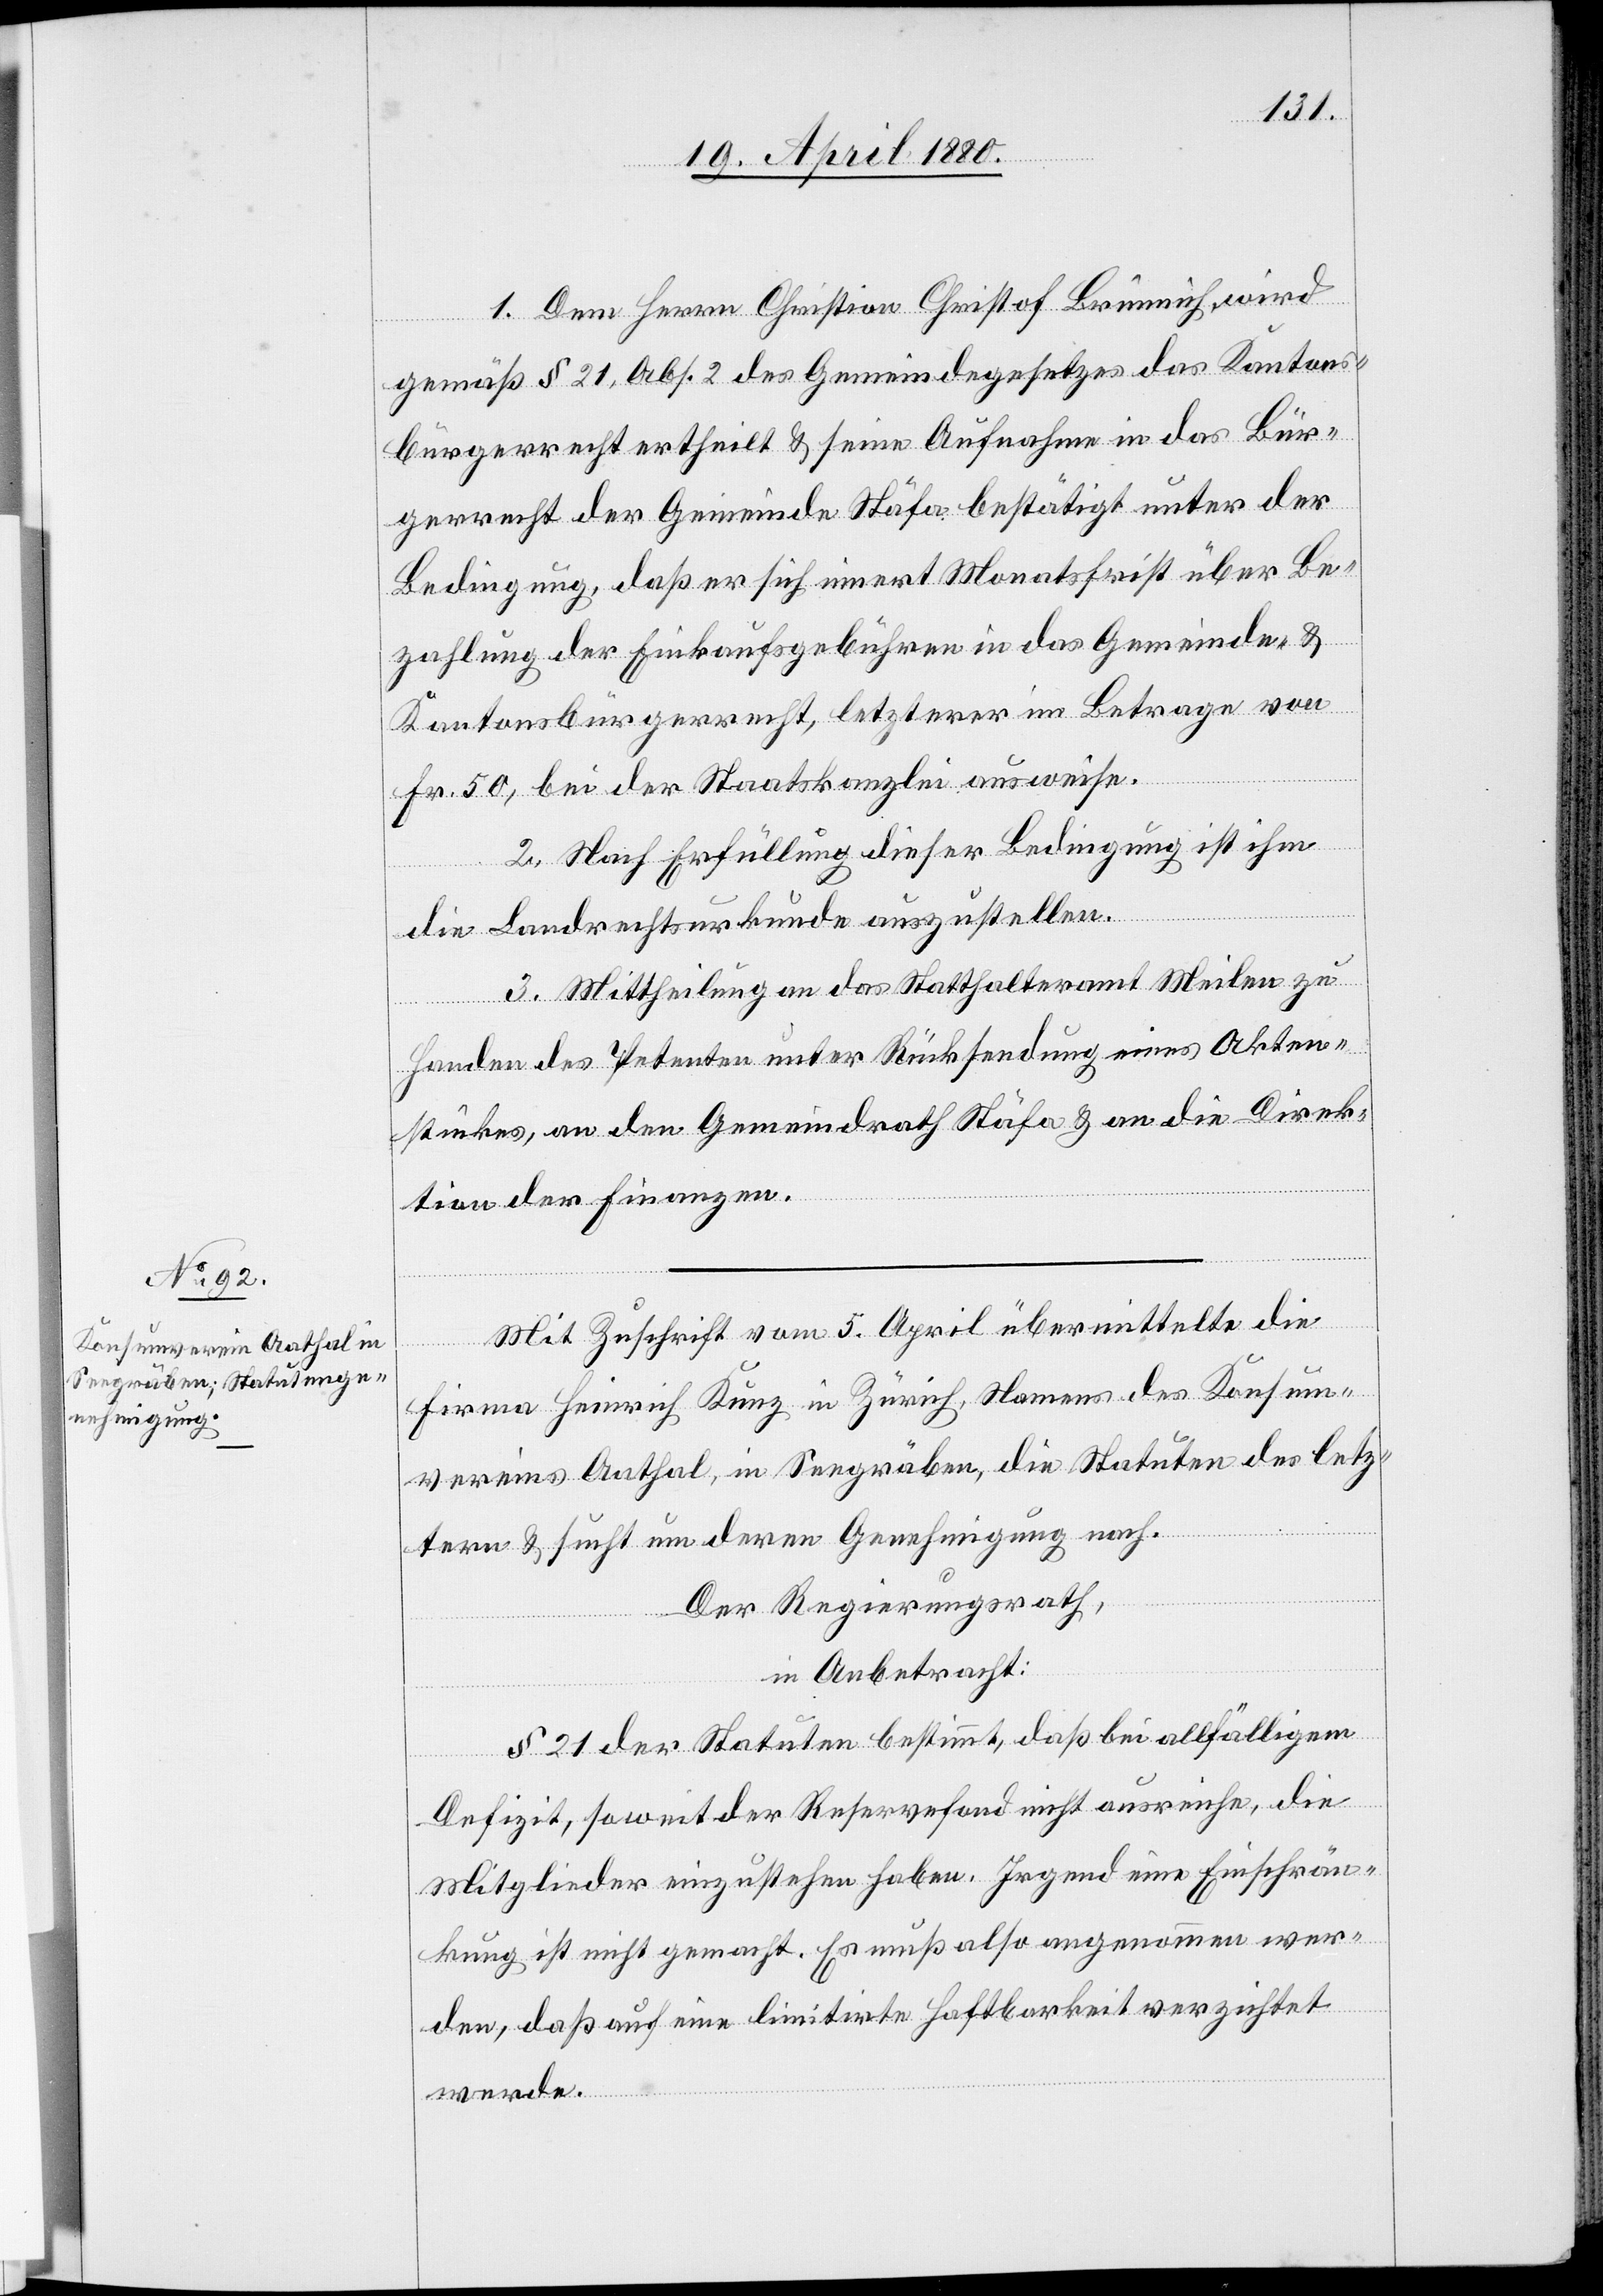
1. Dem Herrn Christian Christof Brünnich, wird
gemäß § 21, Abs. 2 des Gemeindegesetzes das Kantons¬
bürgerrecht ertheilt & seine Aufnahme in das Bür¬
gerrecht der Gemeinde Stäfa bestätigt unter der
Bedingung, daß er sich innert Monatsfrist über Be¬
zahlung der Einkaufsgebühren in das Gemeinde- &
Kantonsbürgerrecht, letzterer im Betrage von
Fr. 50, bei der Staatskanzlei ausweise.
2. Nach Erfüllung dieser Bedingung ist ihm
die Landrechtsurkunde auszustellen.
3. Mittheilung an das Statthalteramt Meilen zu
Handen des Petenten unter Rücksendung eines Akten¬
stückes, an den Gemeindrath Stäfa & an die Direk¬
tion der Finanzen.
Mit Zuschrift vom 5. April übermittelte die
Firma Heinrich Kunz in Zürich, Namens des Konsum¬
vereins Aathal, in Seegräben, die Statuten des letz¬
tern & sucht um deren Genehmigung nach.
Der Regierungsrath,
in Anbetracht:
§ 21 der Statuten bestimmt, daß bei allfälligem
Defizit, soweit der Reservefond nicht ausreiche, die
Mitglieder einzustehen haben. Irgend eine Einschrän¬
kung ist nicht gemacht. Es muß angenommen wer¬
den, daß auf eine limitirte Haftbarkeit verzichtet
werde.